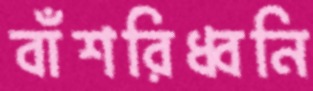
বাঁশরিধ্বনি